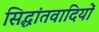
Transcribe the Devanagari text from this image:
सिद्धांतवादियों